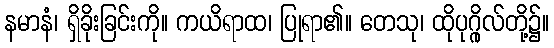
နမာနံ၊ ရှိခိုးခြင်းကို။ ကယိရာထ၊ ပြုရာ၏။ တေသု၊ ထိုပုဂ္ဂိုလ်တို့၌။